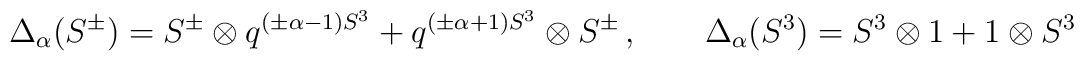
\Delta_\alpha(S^\pm) = S^\pm \otimes q^{ (\pm\alpha -1) S^3}  + q^{(\pm\alpha +1) S^3} \otimes S^\pm \,, \qquad \Delta_\alpha(S^3) = S^3 \otimes 1 + 1 \otimes S^3